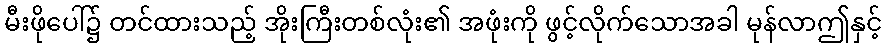
မီးဖိုပေါ်၌ တင်ထားသည့် အိုးကြီးတစ်လုံး၏ အဖုံးကို ဖွင့်လိုက်သောအခါ မုန်လာဤနှင့်